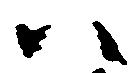
ハ